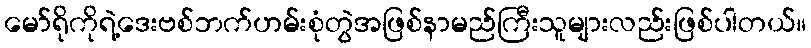
မော်ရိုကိုရဲ့ဒေးဗစ်ဘက်ဟမ်းစုံတွဲအဖြစ်နာမည်ကြီးသူများလည်းဖြစ်ပါတယ်။